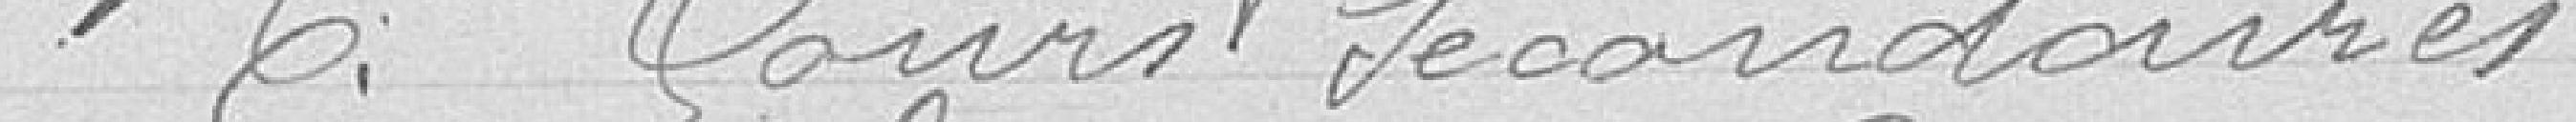
6° Cours secondaires